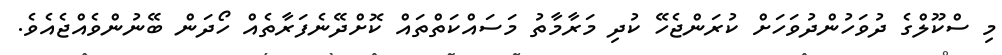
މި ސްކޫލްގެ ދުވަހުންދުވަހަށް ކުރަންޖެހޭ ކުދި މަރާމާތު މަސައްކަތްތައް ކޮށްދޭނެފަރާތެއް ހޯދަން ބޭނުންވެއްޖެއެވެ.